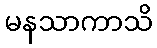
မနသာကာသိ